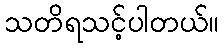
သတိရသင့်ပါတယ်။